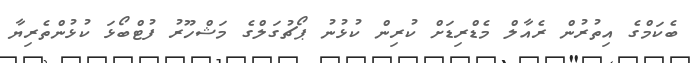
ބެކަމްގެ އިތުރުން ރެއާލް މެޑްރިޑަށް ކުރިން ކުޅުނު ޕޯޗުގަލްގެ މަޝްހޫރު ފުޓްބޯޅަ ކުޅުންތެރިޔާ